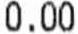
0.00